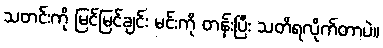
သတင်းကို မြင်မြင်ချင်း မင်းကို တန်းပြီး သတိရလိုက်တာပဲ။